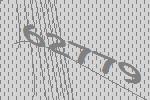
62779